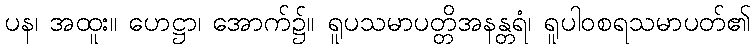
ပန၊ အထူး။ ဟေဋ္ဌာ၊ အောက်၌။ ရူပသမာပတ္တိအနန္တရံ၊ ရူပါဝစရသမာပတ်၏